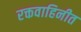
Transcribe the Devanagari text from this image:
रक्तवाहिनीत